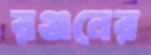
রঞ্জনের